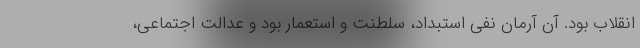
انقلاب بود. آن آرمان نفی استبداد، سلطنت و استعمار بود و عدالت اجتماعی،